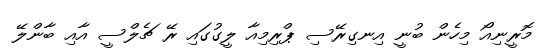
މޮރީނިއޯ މިހެން ބުނީ އިނގިރޭސި ޕްރިމިއާ ލީގުގައި ރޭ ޗެލްސީ އާއި ބާންލޭ